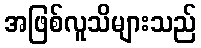
အဖြစ်လူသိများသည်